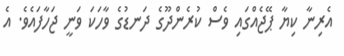
އެރިނާ ކިޔާ ޕޭޖެއްގައި ވެސް ކުރެންދޫގެ ދަނޑުގެ ވާހަކަ ވަނީ ޖަހާފައެވެ. އެ